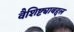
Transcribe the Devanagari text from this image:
वैशिष्ट्याबद्दल